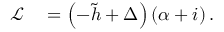
\begin{array} { r l } { \mathcal { L } } & { { } = \left( - \tilde { h } + \Delta \right) \left( \alpha + i \right) . } \end{array}